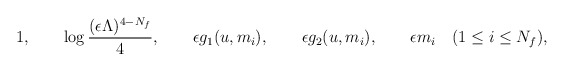
\begin{align*}1,\qquad\log\frac{(\epsilon\Lambda)^{4-N_f}}{4},\qquad\epsilon g_1(u,m_i),\qquad\epsilon g_2(u,m_i),\qquad\epsilon m_i\quad (1\leq i\leq N_f),\end{align*}